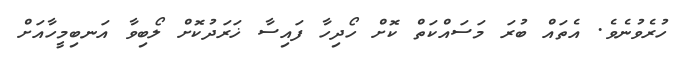
ހުރެވުނެވެ. އެތަައް ބުރަ މަސައްކަތް ކޮށް ހޯދިހާ ފައިސާ ޚަރަދުކޮށް ލޯބިވާ އަނބިމީހާއަށް